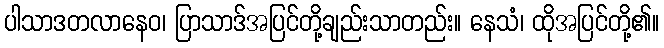
ပါသာဒတလာနေဝ၊ ပြာသာဒ်အပြင်တို့ချည်းသာတည်း။ နေသံ၊ ထိုအပြင်တို့၏။